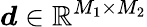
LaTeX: \boldsymbol{d}\in\mathbb{R}^{M_{1}\times M_{2}}